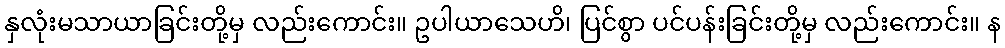
နှလုံးမသာယာခြင်းတို့မှ လည်းကောင်း။ ဥပါယာသေဟိ၊ ပြင်စွာ ပင်ပန်းခြင်းတို့မှ လည်းကောင်း။ န